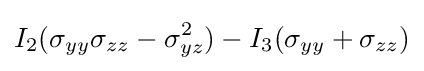
I_{2}(\sigma _{yy}\sigma _{zz}-\sigma _{yz}^{2})-I_{3}(\sigma _{yy}+\sigma _{zz})